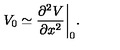
V _ { 0 } \simeq { \frac { \partial ^ { 2 } V } { \partial x ^ { 2 } } } \bigg | _ { 0 } .